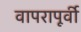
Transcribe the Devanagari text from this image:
वापरापूर्वी